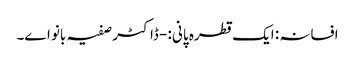
افسانہ : ایک قطرہ پانی :- ڈاکٹر صفیہ بانو اے۔